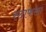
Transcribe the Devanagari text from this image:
स्टाफला